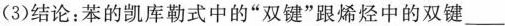
(3)结论：苯的凯库勒式中的”双键”跟烯烃中的双键___